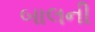
બાલની